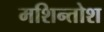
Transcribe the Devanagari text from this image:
मशिन्तोश